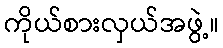
ကိုယ်စားလှယ်အဖွဲ့။